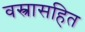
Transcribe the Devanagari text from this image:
वस्त्रासहित